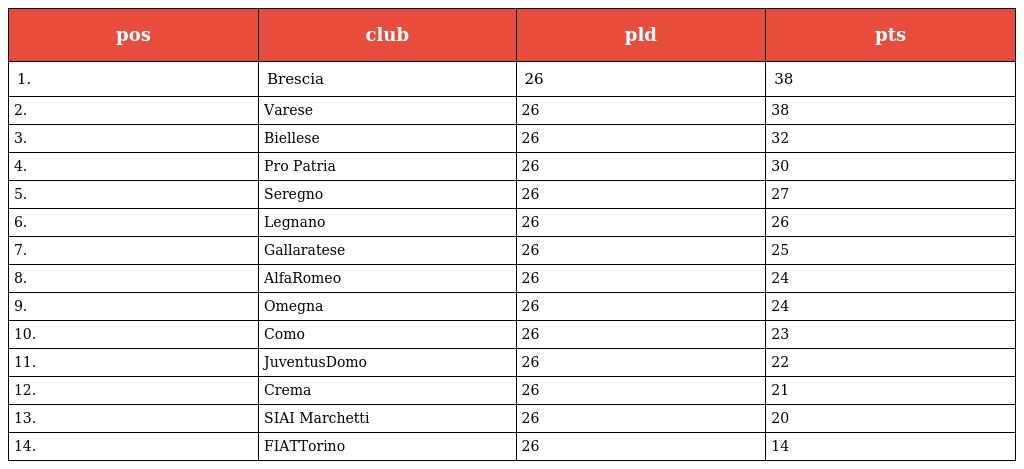
| pos | club | pld | pts |
 | --- | --- | --- | --- |
 | 1. | Brescia | 26 | 38 |
 | 2. | Varese | 26 | 38 |
 | 3. | Biellese | 26 | 32 |
 | 4. | Pro Patria | 26 | 30 |
 | 5. | Seregno | 26 | 27 |
 | 6. | Legnano | 26 | 26 |
 | 7. | Gallaratese | 26 | 25 |
 | 8. | AlfaRomeo | 26 | 24 |
 | 9. | Omegna | 26 | 24 |
 | 10. | Como | 26 | 23 |
 | 11. | JuventusDomo | 26 | 22 |
 | 12. | Crema | 26 | 21 |
 | 13. | SIAI Marchetti | 26 | 20 |
 | 14. | FIATTorino | 26 | 14 |